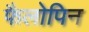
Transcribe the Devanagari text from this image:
फैलोपिन